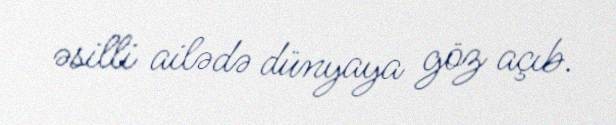
əsilli ailədə dünyaya göz açıb.